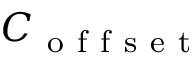
C _ { \mathrm { ~ o ~ f ~ f ~ s ~ e ~ t ~ } }